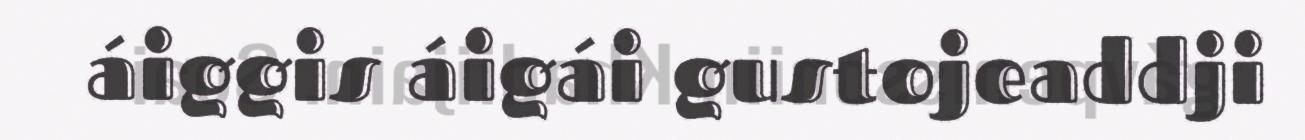
áiggis áigái gustojeaddji